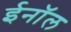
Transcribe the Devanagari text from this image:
ईनॉल